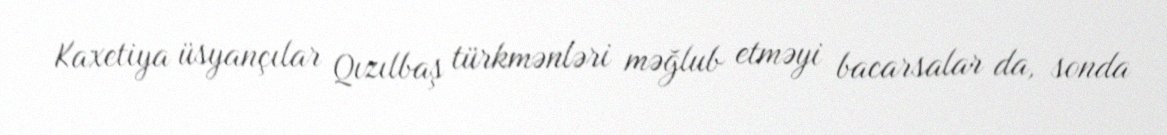
Kaxetiya üsyançılar Qızılbaş türkmənləri məğlub etməyi bacarsalar da, sonda